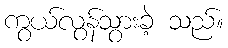
ကွယ်လွန်သွားခဲ့ သည်။